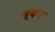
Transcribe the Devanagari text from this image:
बूषन